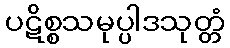
ပဋိစ္စသမုပ္ပါဒသုတ္တံ